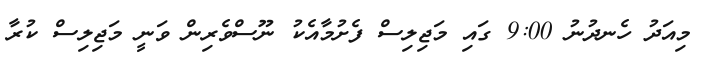
މިއަދު ހެނދުނު 9:00 ގައި މަޖިލިސް ފެށުމާއެކު ނޫސްވެރިން ވަނީ މަޖިލިސް ކުރާ